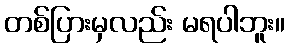
တစ်ပြားမှလည်း မရပါဘူး။